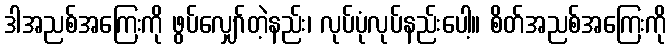
ဒါအညစ်အကြေးကို ဖွပ်လျှော်တဲ့နည်း၊ လုပ်ပုံလုပ်နည်းပေါ့။ စိတ်အညစ်အကြေးကို